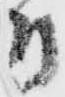
付